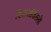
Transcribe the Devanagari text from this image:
डिसऑर्डरली